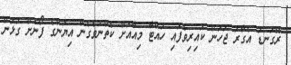
ރޭގަނޑު އެގާރަ ޖަހަން ކައިރިވެފައި ހުއްޓާ މިއާއަށް ކެތްނުވެގެން އިޔަންގެ ފޯނަށް ގުޅަން